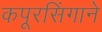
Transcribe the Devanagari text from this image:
कपूरसिंगाने